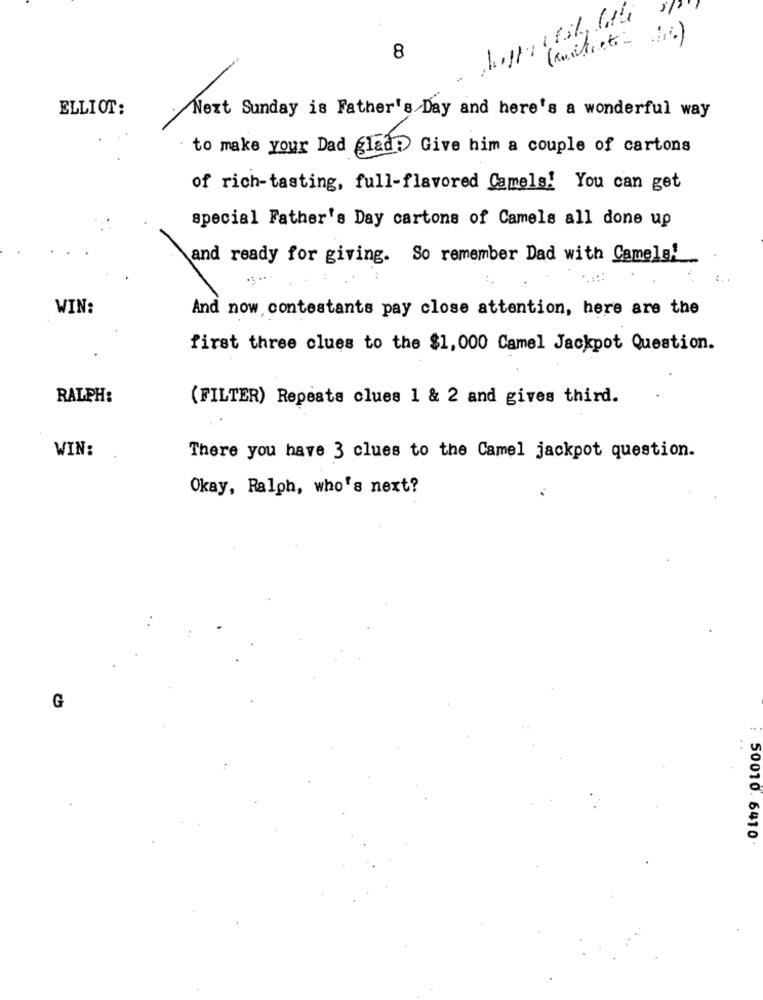
8
ELLIOT:
.Next Sunday is Father's Day and here's a wonderful way
to make your Dad glad: Give him a couple of cartons
of rich-tasting, full-flavored Camels! You can get
special Father's Day cartons of Camels all done up
and ready for giving. So remember Dad with Camelg!
WIN:
And now contestants pay close attention, here are the
first three clues to the $1, 000 Camel Jackpot Question.
RALPH:
(FILTER) Repeats clues 1 & 2 and gives third.
WIN:
There you have 3 clues to the Camel jackpot question.
Okay, Ralph, who's next?
G
. .
50010. 6410